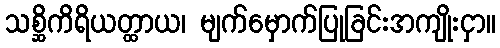
သစ္ဆိကိရိယတ္ထာယ၊ မျက်မှောက်ပြုခြင်းအကျိုးငှာ။